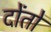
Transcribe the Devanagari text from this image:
दोंतों